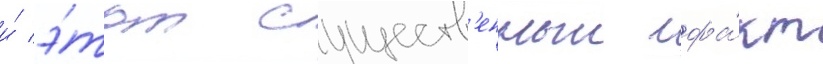
и́ э́тот существ'енныи фа́кт